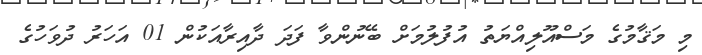
މި މަޤާމުގެ މަސްއޫލިއްޔަތު އުފުލުމަށް ބޭނުންވާ ފަދަ ދާއިރާއަކުން 01 އަހަރު ދުވަހުގެ